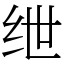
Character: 绁